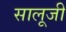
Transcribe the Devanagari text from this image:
सालूजी